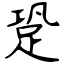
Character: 跫